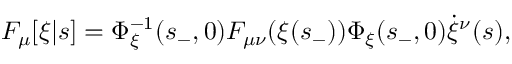
F _ { \mu } [ \xi | s ] = \Phi _ { \xi } ^ { - 1 } ( s _ { - } , 0 ) F _ { \mu \nu } ( \xi ( s _ { - } ) ) \Phi _ { \xi } ( s _ { - } , 0 ) \dot { \xi } ^ { \nu } ( s ) ,